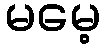
မမေ့